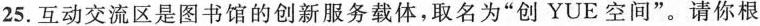
25.互动交流区是图书馆的创新服务载体，取名为”创YUE空间”。请你根